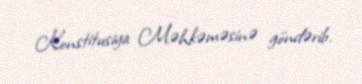
Konstitusiya Məhkəməsinə göndərib.